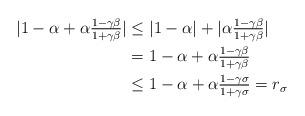
LaTeX: \begin{align*}|1-\alpha+\alpha\tfrac{1-\gamma \beta}{1+\gamma \beta}|&\leq|1-\alpha|+|\alpha\tfrac{1-\gamma \beta}{1+\gamma \beta}|\\&=1-\alpha+\alpha\tfrac{1-\gamma \beta}{1+\gamma \beta}\\&\leq 1-\alpha+\alpha\tfrac{1-\gamma\sigma}{1+\gamma\sigma}=r_\sigma\end{align*}